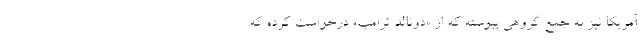
آمریکا نیز به جمع گروهی پیوسته که از «دونالد ترامپ» درخواست کرده که